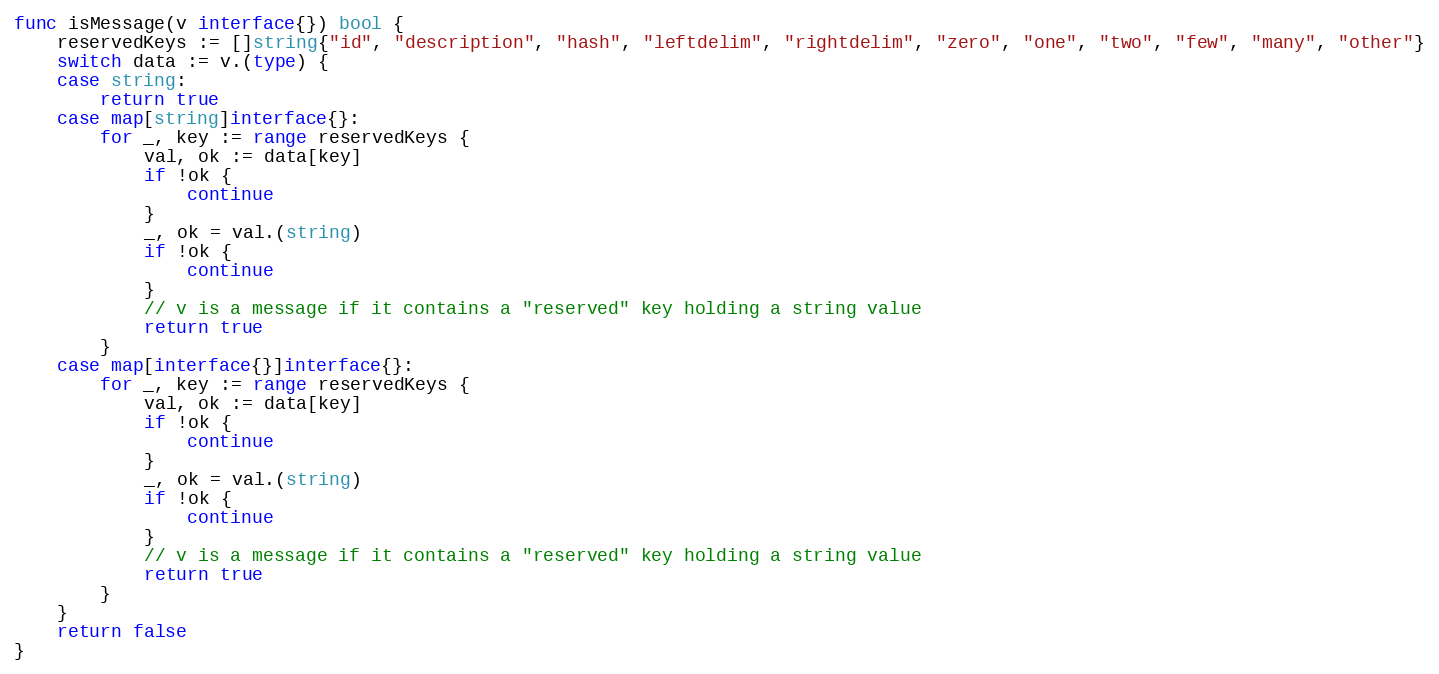
Language: Go
func isMessage(v interface{}) bool {
	reservedKeys := []string{"id", "description", "hash", "leftdelim", "rightdelim", "zero", "one", "two", "few", "many", "other"}
	switch data := v.(type) {
	case string:
		return true
	case map[string]interface{}:
		for _, key := range reservedKeys {
			val, ok := data[key]
			if !ok {
				continue
			}
			_, ok = val.(string)
			if !ok {
				continue
			}
			// v is a message if it contains a "reserved" key holding a string value
			return true
		}
	case map[interface{}]interface{}:
		for _, key := range reservedKeys {
			val, ok := data[key]
			if !ok {
				continue
			}
			_, ok = val.(string)
			if !ok {
				continue
			}
			// v is a message if it contains a "reserved" key holding a string value
			return true
		}
	}
	return false
}